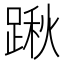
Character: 踿